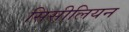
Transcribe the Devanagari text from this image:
सिसीलियन